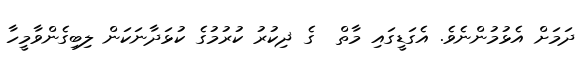
ދަމަށް އެޅުމުންނެވެ. އެގަޑީގައި މާތް  ގެ ޛިކުރު ކުރުމުގެ ކުޅަދާނަކަން ލިބިގެންވާމީހާ